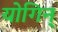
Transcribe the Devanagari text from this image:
योगिन्